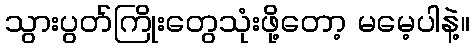
သွားပွတ်ကြိုးတွေသုံးဖို့တော့ မမေ့ပါနဲ့။